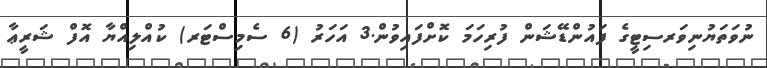
ނުވަތަޔުނިވަރސިޓީގެ ފައުންޑޭޝަން ފުރިހަމަ ކޮށްފައިވުން.3 އަހަރު (6 ސެމިސްޓަރ) ކުއްލިއްޔާ އޮފް ޝަރީޢާ